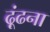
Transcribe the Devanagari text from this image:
ढ़ूंढना